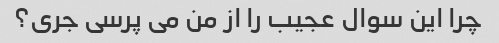
چرا این سوال عجیب را از من می پرسی جری؟